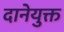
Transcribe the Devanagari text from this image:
दानेयुक्त